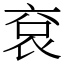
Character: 袞